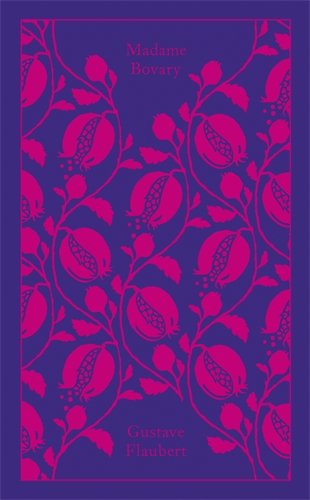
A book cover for Madame Bovary (Hardcover Classics); Gustave Flaubert; Literature & Fiction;